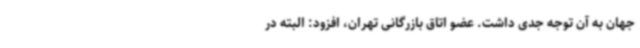
جهان به آن توجه جدی داشت. عضو اتاق بازرگانی تهران، افزود: البته در